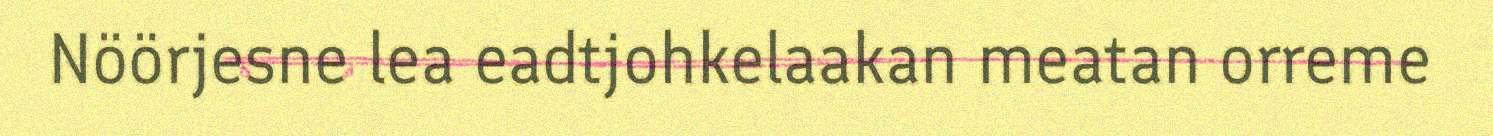
Nöörjesne lea eadtjohkelaakan meatan orreme